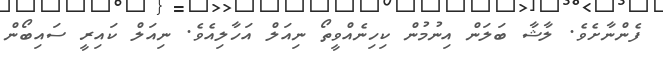
ފެންނާށެވެ. ލާޝާ ބަލަން އިނުމުން ކިހިނެއްވީތޯ ނިއަލް އަހާލިއެވެ. ނިއަލް ކައިރީ ސައިބޯން